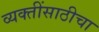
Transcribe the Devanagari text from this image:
व्यक्तींसाठीचा